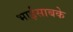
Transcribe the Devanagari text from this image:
भाईसाबके